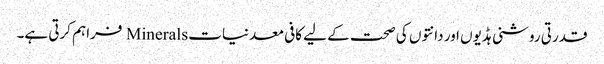
قدرتی روشنی ہڈیوں اور دانتوں کی صحت کے لیے کافی معدنیات Minerals فراہم کرتی ہے۔